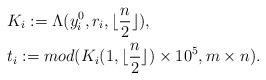
LaTeX: \begin{align*}&K_i:=\Lambda(y^0_i,r_i,\lfloor \frac{n}{2} \rfloor),\\&t_i:=mod(K_i(1,\lfloor \frac{n}{2} \rfloor)\times10^5,m\times n).\end{align*}